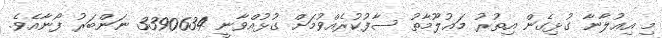
މި އިޢުލާނާ ގުޅިގެން އިތުރު މަޢުލޫމާތު ސާފުކުރެއްވުމަށް ގުޅުއްވާނީ 3390634 ނަންބަރު ފޯނާއެވެ.